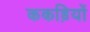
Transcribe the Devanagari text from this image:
ककड़ियों